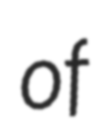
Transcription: of